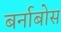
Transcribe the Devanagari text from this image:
बर्नाबोस